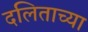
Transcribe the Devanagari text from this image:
दलिताच्या